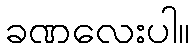
ခဏလေးပါ။